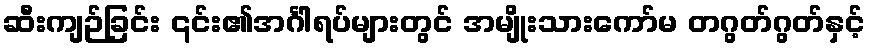
ဆီးကျဉ်ခြင်း ၎င်း၏အင်္ဂါရပ်များတွင် အမျိုးသားကော်မ တဂွတ်ဂွတ်နှင့်